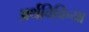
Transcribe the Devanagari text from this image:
अर्थविक्रिया